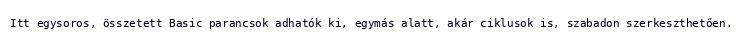
Itt egysoros, összetett Basic parancsok adhatók ki, egymás alatt, akár ciklusok is, szabadon szerkeszthetően.